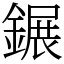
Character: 𨫀